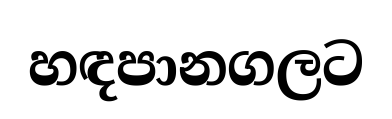
හඳපානගලට